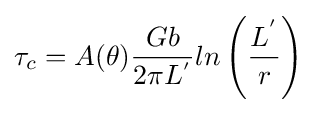
\tau _{c}=A(\theta ){\frac {Gb}{2\pi L^{'}}}ln\left({\frac {L^{'}}{r}}\right)